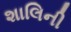
શાલિની